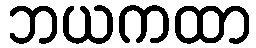
ဘယကထာ